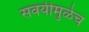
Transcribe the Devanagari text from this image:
सवयीमुळेच